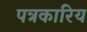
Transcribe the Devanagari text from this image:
पत्रकारिय